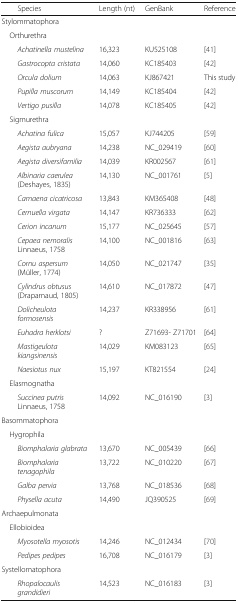
<table><thead><tr><td><b>Species</b></td><td><b>Length (nt)</b></td><td><b>GenBank</b></td><td><b>Reference</b></td></tr></thead><tbody><tr><td colspan="4">Stylommatophora</td></tr><tr><td colspan="4"> Orthurethra</td></tr><tr><td><i>Achatinella mustelina</i></td><td>16,323</td><td>KU525108</td><td>[41]</td></tr><tr><td><i>Gastrocopta cristata</i></td><td>14,060</td><td>KC185403</td><td>[42]</td></tr><tr><td><i>Orcula dolium</i></td><td>14,063</td><td>KJ867421</td><td>This study</td></tr><tr><td><i>Pupilla muscorum</i></td><td>14,149</td><td>KC185404</td><td>[42]</td></tr><tr><td><i>Vertigo pusilla</i></td><td>14,078</td><td>KC185405</td><td>[42]</td></tr><tr><td colspan="4"> Sigmurethra</td></tr><tr><td><i>Achatina fulica</i></td><td>15,057</td><td>KJ744205</td><td>[59]</td></tr><tr><td><i>Aegista aubryana</i></td><td>14,238</td><td>NC_029419</td><td>[60]</td></tr><tr><td><i>Aegista diversifamilia</i></td><td>14,039</td><td>KR002567</td><td>[61]</td></tr><tr><td><i>Albinaria caerulea</i> (Deshayes, 1835)</td><td>14,130</td><td>NC_001761</td><td>[5]</td></tr><tr><td><i>Camaena cicatricosa</i></td><td>13,843</td><td>KM365408</td><td>[48]</td></tr><tr><td><i>Cernuella virgata</i></td><td>14,147</td><td>KR736333</td><td>[62]</td></tr><tr><td><i>Cerion incanum</i></td><td>15,177</td><td>NC_025645</td><td>[57]</td></tr><tr><td><i>Cepaea nemoralis</i> Linnaeus, 1758</td><td>14,100</td><td>NC_001816</td><td>[63]</td></tr><tr><td><i>Cornu aspersum</i> (Müller, 1774)</td><td>14,050</td><td>NC_021747</td><td>[35]</td></tr><tr><td><i>Cylindrus obtusus</i> (Draparnaud, 1805)</td><td>14,610</td><td>NC_017872</td><td>[47]</td></tr><tr><td><i>Dolicheulota formosensis</i></td><td>14,237</td><td>KR338956</td><td>[61]</td></tr><tr><td><i>Euhadra herklotsi</i></td><td>?</td><td>Z71693- Z71701</td><td>[64]</td></tr><tr><td><i>Mastigeulota kiangsinensis</i></td><td>14,029</td><td>KM083123</td><td>[65]</td></tr><tr><td><i>Naesiotus nux</i></td><td>15,197</td><td>KT821554</td><td>[24]</td></tr><tr><td colspan="4"> Elasmognatha</td></tr><tr><td><i>Succinea putris</i> Linnaeus, 1758</td><td>14,092</td><td>NC_016190</td><td>[3]</td></tr><tr><td colspan="4">Basommatophora</td></tr><tr><td colspan="4"> Hygrophila</td></tr><tr><td><i>Biomphalaria glabrata</i></td><td>13,670</td><td>NC_005439</td><td>[66]</td></tr><tr><td><i>Biomphalaria tenagophila</i></td><td>13,722</td><td>NC_010220</td><td>[67]</td></tr><tr><td><i>Galba pervia</i></td><td>13,768</td><td>NC_018536</td><td>[68]</td></tr><tr><td><i>Physella acuta</i></td><td>14,490</td><td>JQ390525</td><td>[69]</td></tr><tr><td colspan="4">Archaepulmonata</td></tr><tr><td colspan="4"> Ellobioidea</td></tr><tr><td><i>Myosotella myosotis</i></td><td>14,246</td><td>NC_012434</td><td>[70]</td></tr><tr><td><i>Pedipes pedipes</i></td><td>16,708</td><td>NC_016179</td><td>[3]</td></tr><tr><td colspan="4">Systellomatophora</td></tr><tr><td><i>Rhopalocaulis grandidieri</i></td><td>14,523</td><td>NC_016183</td><td>[3]</td></tr></tbody></table>